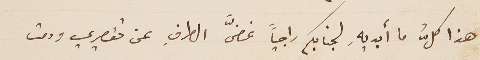
هذا كلُّ ما أبديهِ لجنابكم راجياً غضَّ الطرفِ عن تقصيري ودمت